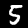
Label: 5